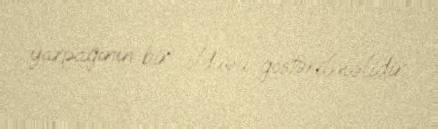
yarpağının bir olduəu göstərilməlidir.